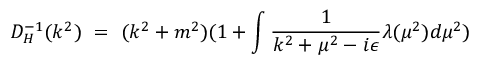
D _ { H } ^ { - 1 } ( k ^ { 2 } ) ~ = ~ ( k ^ { 2 } + m ^ { 2 } ) ( 1 + \int { \frac { 1 } { k ^ { 2 } + \mu ^ { 2 } - i \epsilon } } \lambda ( \mu ^ { 2 } ) d \mu ^ { 2 } )